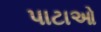
પાટાઓ